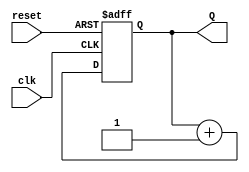
module BinaryCounter (
    input wire clk,          // Clock input
    input wire reset,        // Asynchronous reset
    output reg [1:0] Q       // 2-bit counter output
);
    
    // State transition logic
    always @(posedge clk or posedge reset) begin
        if (reset) begin
            Q <= 2'b00;      // Reset counter to 0
        end else begin
            Q <= Q + 1;      // Increment counter
        end
    end

endmodule